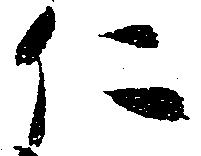
仁